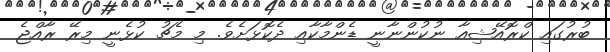
ބުރުގައި ކްރޮއޭޝިއާ ނުކުންނާނީ ޑެންމާކާއި ދެކޮޅަށެވެ. މި މެޗު ކުޅެނީ މިރޭ ރާއްޖެ